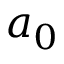
a _ { 0 }